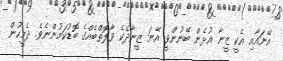
އޭނައާއި އެކީ ޒީނާ އުޅެން ބޭނުންވީ އޭނަ ޒީނާދެކެ ވާލޮތްބެއްގެ ބޮޑުކަމުންނެވެ. ދެމީހުން